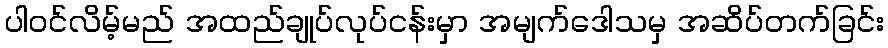
ပါဝင်လိမ့်မည် အထည်ချုပ်လုပ်ငန်းမှာ အမျက်ဒေါသမှ အဆိပ်တက်ခြင်း